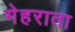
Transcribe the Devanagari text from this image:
गेहराता